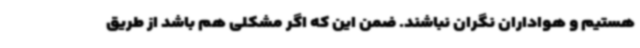
هستیم و هواداران نگران نباشند. ضمن این که اگر مشکلی هم باشد از طریق